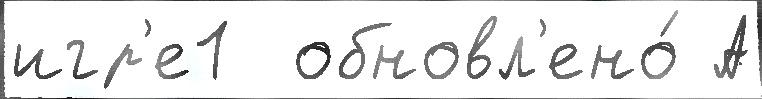
игр'е1  обновл'ено́ А